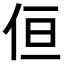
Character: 𠈗